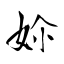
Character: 㚷